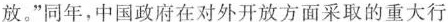
放。”同年，中国政府在对外开放方面采取的重大行